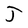
Character: J